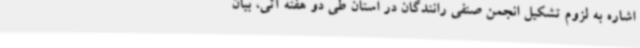
اشاره به لزوم تشکیل انجمن صنفی رانندگان در استان طی دو هفته آتی، بیان